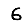
Digit: 6